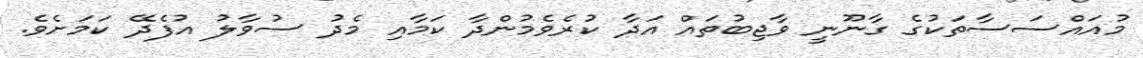
މުއައްސަސާތަކުގެ ގާނޫނީ ވާޖިބުތައް އަދާ ކުރެވެމުންދާ ކަމާއި މެދު ސުވާލު އުފެދޭ ކަމަށެވެ.